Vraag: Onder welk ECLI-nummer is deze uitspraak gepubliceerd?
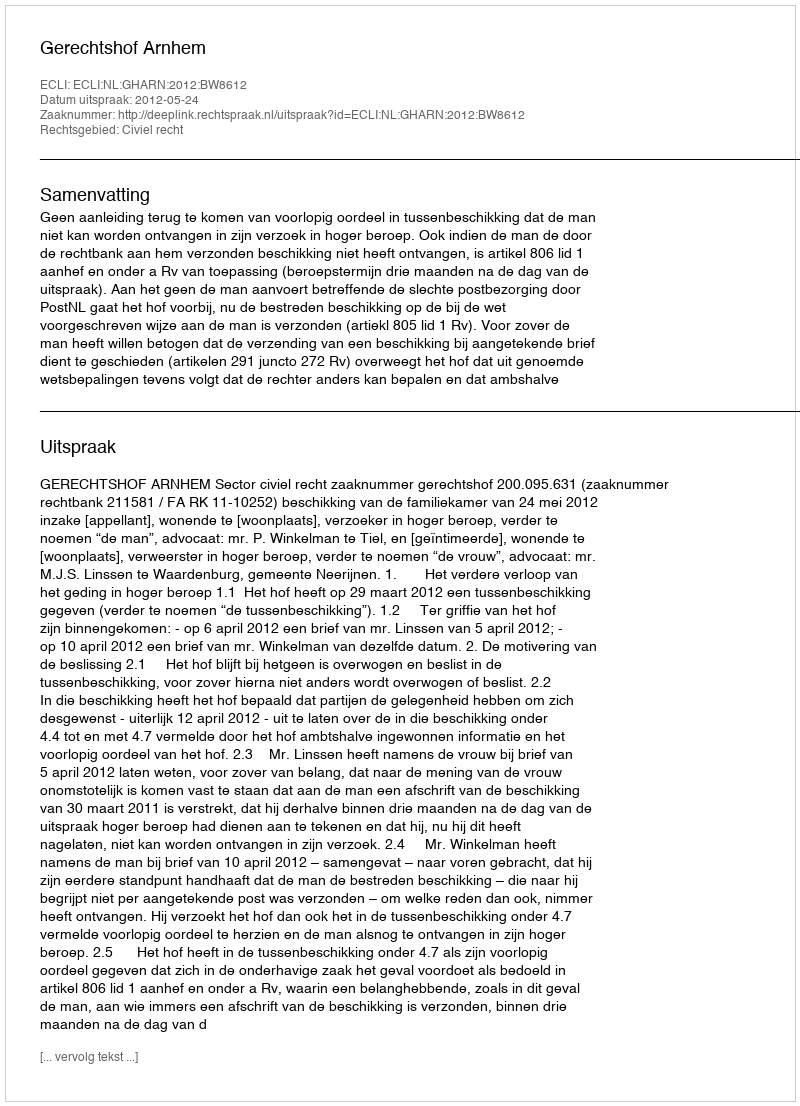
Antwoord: ECLI:NL:GHARN:2012:BW8612